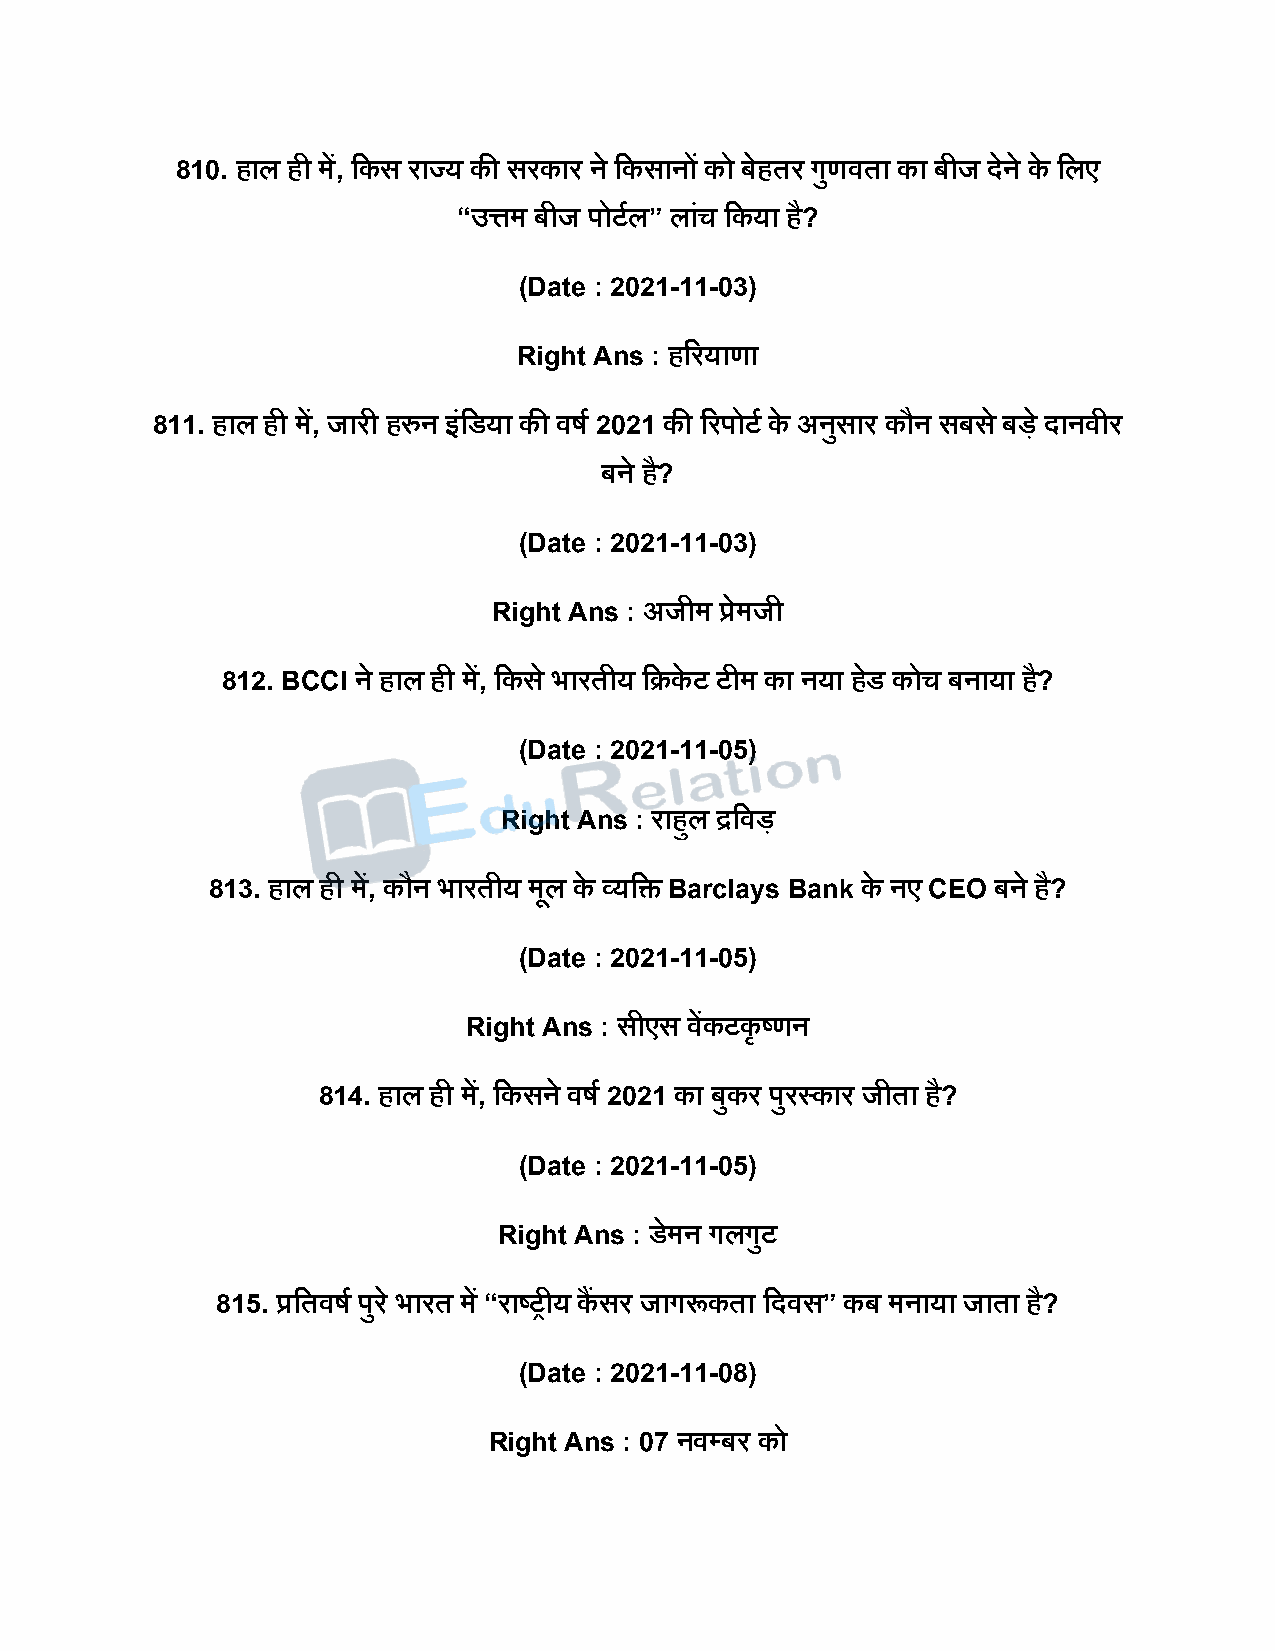
810. हाल ही में, दकस राज्य की सरकार ने दकसानों को बेहतर गुणवता का बीज िेने के दलए
 “उत्तम बीज िोटषल” लांच दकया है?
 (Date : 2021-11-03)
 Right Ans : हररयाणा
 811. हाल ही में, जारी हरुन इंदडया की वर्ष 2021 की ररिोटष के अनुसार कौन सबस े बिे िानवीर
 बने है?
 (Date : 2021-11-03)
 Right Ans : अजीम प्रेमजी
 812. BCCI ने हाल ही में, दकस े भारतीय दक्रके ट टीम का नया हडे कोच बनाया है?
 (Date : 2021-11-05)
 Right Ans : राहुल द्रदवि
 813. हाल ही में, कौन भारतीय मूल के व्यदि Barclays Bank के नए CEO बने है?
 (Date : 2021-11-05)
 Right Ans : सीएस वेंकटकृ ष्ट्णन
 814. हाल ही में, दकसने वर्ष 2021 का बुकर िुरस्कार जीता है?
 (Date : 2021-11-05)
 Right Ans : डेमन गलगुट
 815. प्रदतवर्ष िुर े भारत में “राष्ट्रीय कैंसर जागरूकता दिवस” कब मनाया जाता है?
 (Date : 2021-11-08)
 Right Ans : 07 नवपबर को